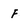
Character: f